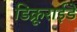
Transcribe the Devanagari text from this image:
डिक्रूराईडे